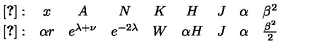
\begin{array} { c c c c c c c c c } { \cite { b h k } : } & { x } & { A } & { N } & { K } & { H } & { J } & { \alpha } & { \beta ^ { 2 } } \\ { \cite { b f m 2 } : } & { \alpha r } & { e ^ { \lambda + \nu } } & { e ^ { - 2 \lambda } } & { W } & { \alpha H } & { J } & { \alpha } & { \frac { \beta ^ { 2 } } { 2 } } \\ \end{array}